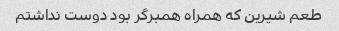
طعم شیرین که همراه همبرگر بود دوست نداشتم